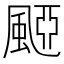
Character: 𩗠